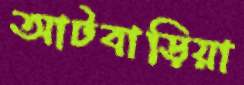
আটবাড়িয়া